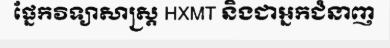
ផ្នែកវិទ្យាសាស្ត្រ HXMT និងជាអ្នកជំនាញ